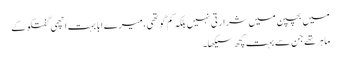
میں بچپن میں شرارتی نہیں بلکہ کم گو تھی، میرے ابا بہت اچھی گفتگو کے
ماہر تھے جن سے بہت کچھ سیکھا۔